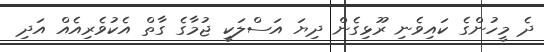
ދެ މީހުންގެ ކައިވެނި ރޫޅިގެން ދިޔަ އަސްލަކީ ޖުމާގެ ގާތް އެކުވެރިއެއް އަދި